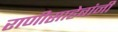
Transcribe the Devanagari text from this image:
राणीसाहेबांनी